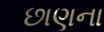
છાણના